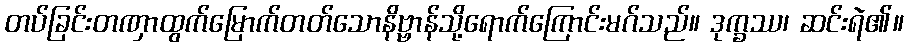
တပ်ခြင်းတဏှာထွက်မြောက်တတ်သောနိဗ္ဗာန်သို့ရောက်ကြောင်းမဂ်သည်။ ဒုက္ခဿ၊ ဆင်းရဲ၏။